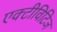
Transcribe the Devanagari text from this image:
एक्टीविटिज